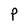
Character: P